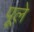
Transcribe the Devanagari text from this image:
पूले